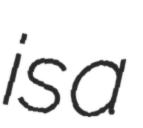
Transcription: is a